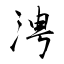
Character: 涄